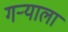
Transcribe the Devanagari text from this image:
गर्‍याला